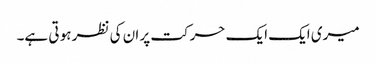
میری ایک ایک حرکت پر ان کی نظر ہو تی ہے۔